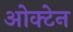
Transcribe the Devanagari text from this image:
ओक्टेन